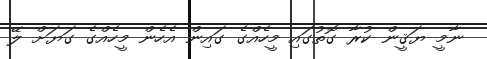
ނާމީ ޔަޤީން ކުރާ ގޮތުގައި މީހެއްގެ ގައިން އެހެން މީހެއްގެ ގަޔަށް ލޭ